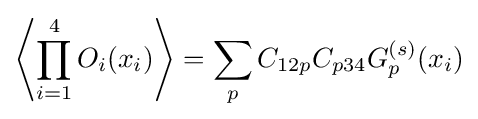
\left\langle \prod _{i=1}^{4}O_{i}(x_{i})\right\rangle =\sum _{p}C_{12p}C_{p34}G_{p}^{(s)}(x_{i})